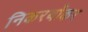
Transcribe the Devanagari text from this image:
निकरबॉकर